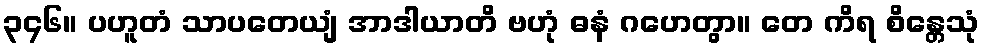
၃၄၆။ ပဟူတံ သာပတေယျံ အာဒါယာတိ ဗဟုံ ဓနံ ဂဟေတွာ။ တေ ကိရ စိန္တေသုံ